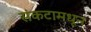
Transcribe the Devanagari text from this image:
संकटामधून